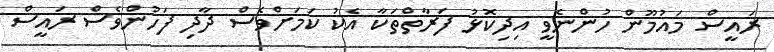
ރައީސް މައުމޫން ހުންނެވީ އިދިކޮޅު ފަރާތްތަކާ އެކު ކަމަށްވެސް ދާދި ފަހުންވެސް ރައީސް